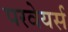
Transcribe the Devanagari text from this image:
परवेयर्स